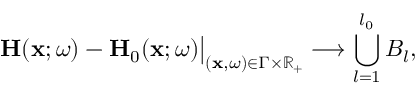
\mathbf { H } ( \mathbf { x } ; \omega ) - \mathbf { H } _ { 0 } ( \mathbf { x } ; \omega ) \big | _ { ( \mathbf { x } , \omega ) \in \Gamma \times \mathbb { R } _ { + } } \longrightarrow \bigcup _ { l = 1 } ^ { l _ { 0 } } B _ { l } ,